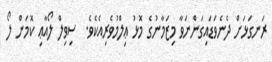
ރަނގަޅަށް ދެނެވަޑައިގަންނަވާ މިޒަމާނުގެ މޮޅު ޢިލްމުވެރިއެކެވެ.  ސިވިލް ލޯއާޢި ކޮމަން ލޯ